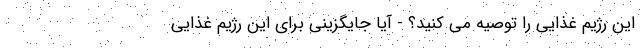
این رژیم غذایی را توصیه می کنید؟ - آیا جایگزینی برای این رژیم غذایی